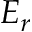
E _ { r }